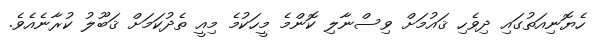
ހެޔޮނިއަތުގައި ދިވެހި ޤައުމަށް ވިސްނާލި ކޮންމެ މީހަކުމެ މިއީ ތެދުކަމަށް ޤަބޫލު ކުރާނެއެވެ.